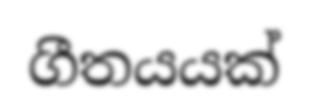
ගීතයයක්